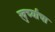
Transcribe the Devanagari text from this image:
खुर्च्यांचा